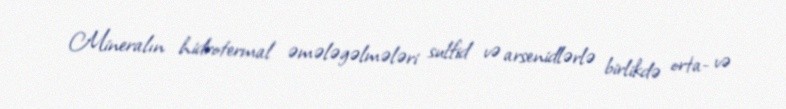
Mineralın hidrotermal əmələgəlmələri sulfid və arsenidlərlə birlikdə orta- və